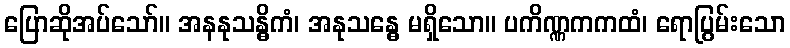
ပြောဆိုအပ်သော်။ အနနုသန္ဓိကံ၊ အနုသန္ဓေ မရှိသော။ ပကိဏ္ဏကကထံ၊ ရောပြွမ်းသော